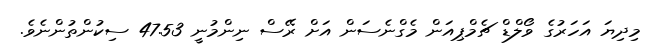
މިދިޔަ އަހަރުގެ ވޯލްޑް ޗެމްޕިއަން މެގްނެސަން އަށް ރޭސް ނިންމުނީ 47.53 ސިކުންތުންނެވެ.